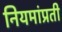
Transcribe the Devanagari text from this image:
नियमांप्रती